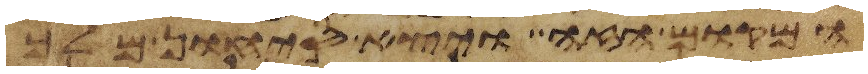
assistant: המקום הזה ויצא סיחון מלך